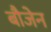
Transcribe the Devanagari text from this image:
बौजेन